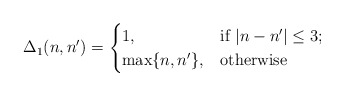
\begin{align*}\Delta_{1}(n,n')=\begin{cases}1, & \mbox{if }|n-n'|\le 3;\\\max\{n,n'\}, & \mbox{otherwise}\end{cases}\end{align*}